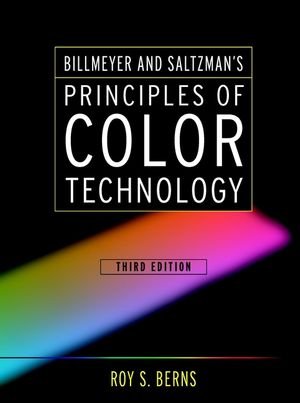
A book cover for Billmeyer and Saltzman's Principles of Color Technology; Roy S. Berns; Science & Math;